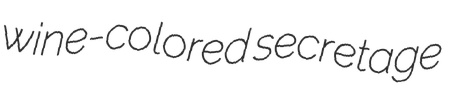
wine-colored secretage